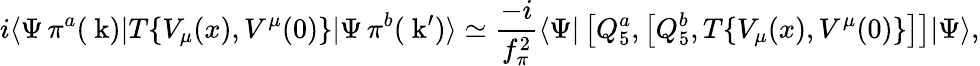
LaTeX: i\langle\Psi\, \pi^{a}(\mathrm{\mathbf~k})|T\{ V_{\mu}(x),V^{\mu}(0)\} |\Psi\, \pi^{b}(\mathrm{\mathbf~k}^{\prime})\rangle\simeq{\frac{-i}{f_{\pi}^{2}}}\langle\Psi|\left[Q_{5}^{a},\left[Q_{5}^{b},T\{ V_{\mu}(x),V^{\mu}(0)\} \right]\right]|\Psi\rangle,